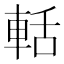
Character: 𮝐